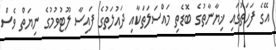
އޭގެ ފަހަތުގައި ޚިޔާނާތުގެ ބޮޑެތި މައްސަލަތަކާއި ދައުލަތުގެ ފައިސާ ލޫޓުވުމުގެ ނިޔަތް ވެސް